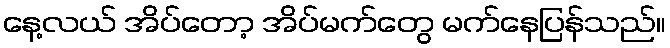
နေ့လယ် အိပ်တော့ အိပ်မက်တွေ မက်နေပြန်သည်။